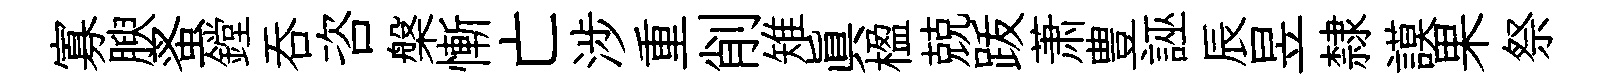
寡腴蚤鏜吞咨槃慚亡涉重削雉眞楹兢䟦萧豊誣辰昱隸謨果祭